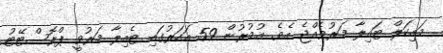
މައިކަލް ޓައިލާ މަރުވެއްޖެ އެވެ. އުމުރުން 59 އަހަރުގައި ޓެއިލާ މަރުވީ ޕްރޮސްޓޭޓު